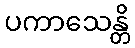
ပကာသေန္တိ